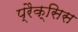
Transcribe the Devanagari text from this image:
प्रैक्सिस